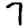
Digit: 7